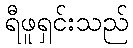
ရီဖူရှင်းသည်